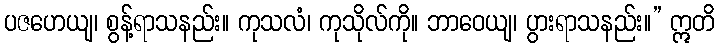
ပဇဟေယျ၊ စွန့်ရာသနည်း။ ကုသလံ၊ ကုသိုလ်ကို။ ဘာဝေယျ၊ ပွားရာသနည်း။” ဣတိ